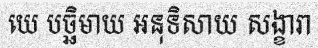
យេ បច្ឆិមាយ អនុទិសាយ សង្ខារា